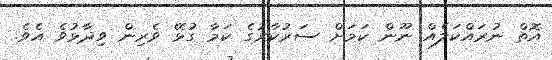
އޮތް ނުރައްކަލެއް ނޫން ކަމަށް ސަރުކާރުގެ ކަމާ ގުޅޭ ވެރިން ވިދާޅުވެ އެވެ.